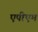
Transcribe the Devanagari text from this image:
एपीएम